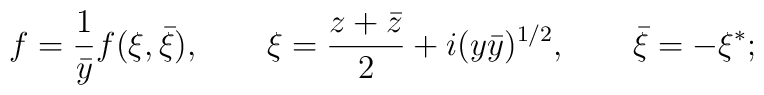
f= \frac{1}{\bar y} f(\xi, \bar \xi), \qquad  \xi=\frac{z+ \bar z}{2} + i (y \bar y)^{1/2}, \qquad\bar \xi = - \xi^*;